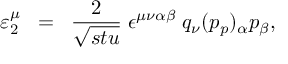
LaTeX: \varepsilon _ { 2 } ^ { \mu } \; \; = \; \; \frac { 2 } { \sqrt { s t u } } \; \epsilon ^ { \mu \nu \alpha \beta } \; q _ { \nu } ( p _ { p } ) _ { \alpha } p _ { \beta } ,